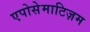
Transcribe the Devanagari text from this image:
एपोसेमाटिज़म